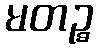
မတဉ္စ